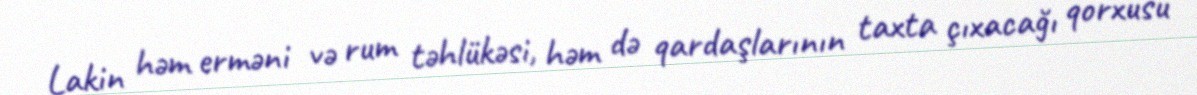
Lakin həm erməni və rum təhlükəsi, həm də qardaşlarının taxta çıxacağı qorxusu